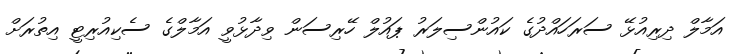
އަމާލް ދިރިއުޅޭ ސަރަހައްދުގެ ކައުންސިލަރު ޕައުލް ހޭރިސަން ވިދާޅުވީ އަމާލްގެ ސެކިއުރިޓީ އިތުރަށް